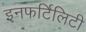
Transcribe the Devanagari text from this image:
इनफर्टिलिटी